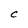
Character: C